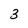
Character: 3